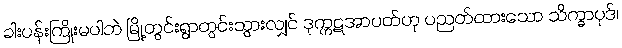
ခါးပန်းကြိုးမပါဘဲ မြို့တွင်းရွာတွင်းသွားလျှင် ဒုက္ကဋအာပတ်ဟု ပညတ်ထားသော သိက္ခာပုဒ်၊